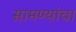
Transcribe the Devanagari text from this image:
सामण्यांचा